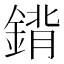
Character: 𨩈